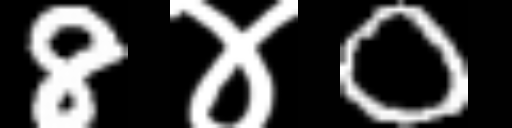
Text: 8४0